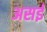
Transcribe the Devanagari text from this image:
असई